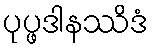
ပုပ္ဖဒါနဿိဒံ